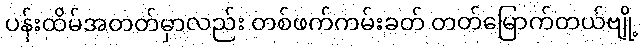
ပန်းထိမ်အတတ်မှာလည်း တစ်ဖက်ကမ်းခတ် တတ်မြောက်တယ်ဗျို့